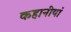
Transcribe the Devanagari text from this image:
कहानीयां